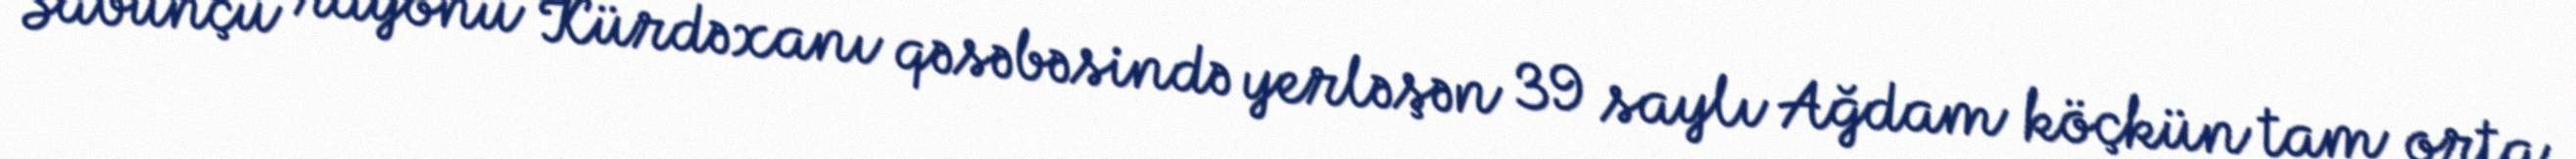
Sabunçu rayonu Kürdəxanı qəsəbəsində yerləşən 39 saylı Ağdam köçkün tam orta